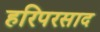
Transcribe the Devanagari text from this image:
हरिपरसाद